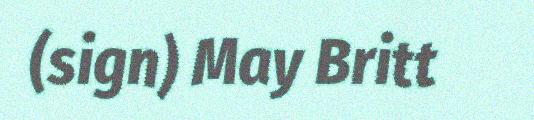
(sign) May Britt